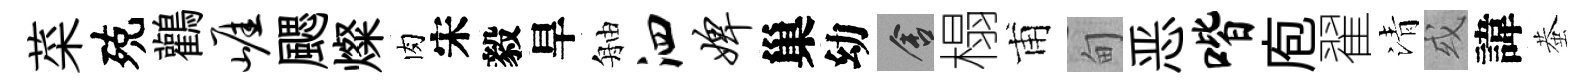
菜殑鸛崖颸燦肉宋毅旱舳泗婢巢幼舍榻甫甸恶喈庖翟清或諱蛬